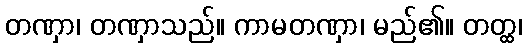
တဏှာ၊ တဏှာသည်။ ကာမတဏှာ၊ မည်၏။ တတ္ထ၊